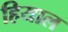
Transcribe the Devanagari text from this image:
हियाल